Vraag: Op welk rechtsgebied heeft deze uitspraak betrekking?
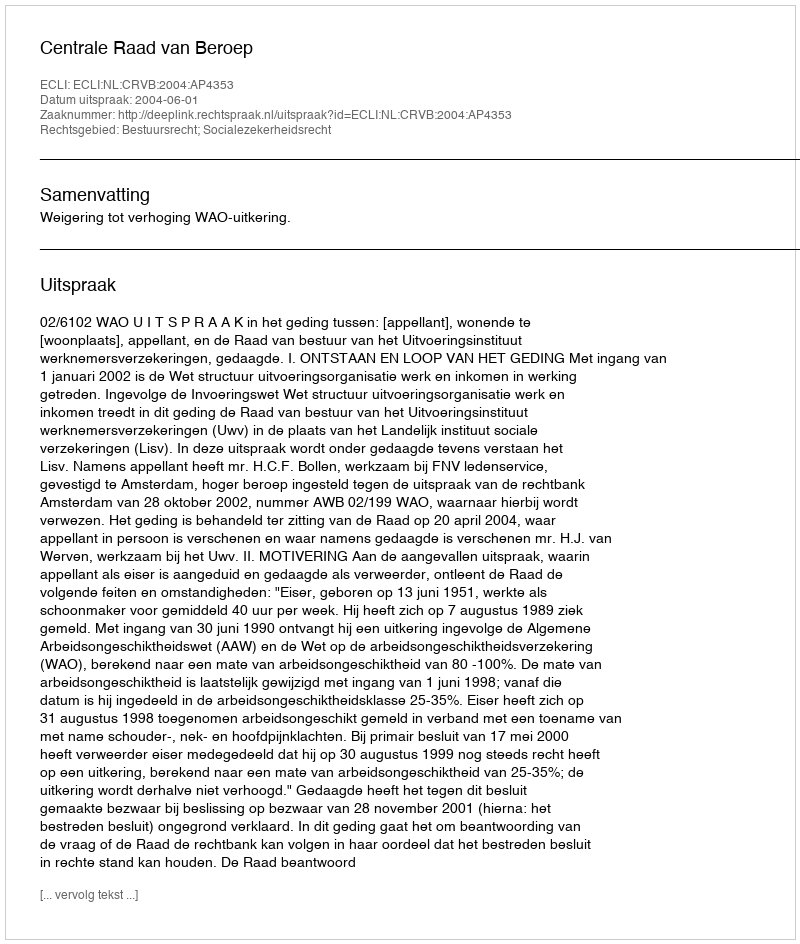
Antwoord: Bestuursrecht; Socialezekerheidsrecht